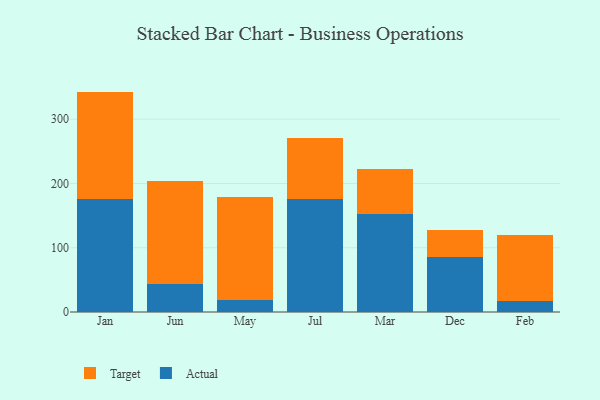
{"axis": {"x": "Month", "y": "Backlog"}, "legend": ["Actual", "Target"], "data": [{"x": "Jan", "y": 176.0, "type": "Actual"}, {"x": "Jan", "y": 167.0, "type": "Target"}, {"x": "Jun", "y": 44.1, "type": "Actual"}, {"x": "Jun", "y": 159.1, "type": "Target"}, {"x": "May", "y": 19.2, "type": "Actual"}, {"x": "May", "y": 159.2, "type": "Target"}, {"x": "Jul", "y": 176.0, "type": "Actual"}, {"x": "Jul", "y": 95.2, "type": "Target"}, {"x": "Mar", "y": 152.2, "type": "Actual"}, {"x": "Mar", "y": 70.9, "type": "Target"}, {"x": "Dec", "y": 85.8, "type": "Actual"}, {"x": "Dec", "y": 42.3, "type": "Target"}, {"x": "Feb", "y": 17.9, "type": "Actual"}, {"x": "Feb", "y": 101.4, "type": "Target"}]}